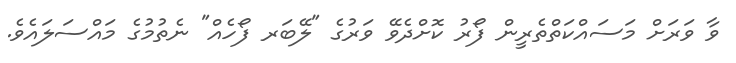
ވާ ވަރަށް މަސައްކަތްތެރީން ފޯރު ކޮށްދެވޭ ވަރުގެ "ލޭބަރ ފޯހެއް" ނެތުމުގެ މައްސަލައެވެ.